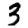
Digit: 3